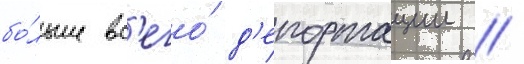
бо́льше вс'его́ д'епортации /